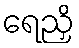
ရေညှိ